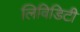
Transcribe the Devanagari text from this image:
लिविडिटी